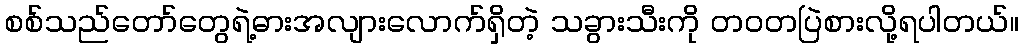
စစ်သည်တော်တွေရဲ့ဓားအလျားလောက်ရှိတဲ့ သခွားသီးကို တဝတပြဲစားလို့ရပါတယ်။